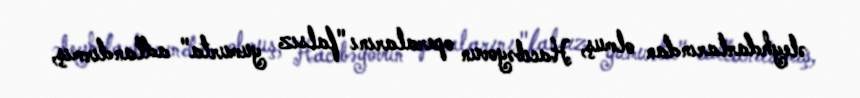
əleyhdarlarından olmuş, Hacıbəyovun operalarını "falsız yumurta" adlandırmış,